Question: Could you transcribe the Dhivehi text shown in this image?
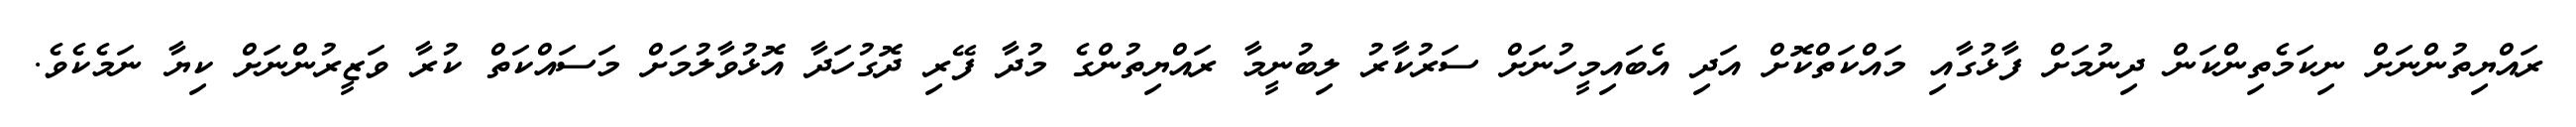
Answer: ރައްޔިތުންނަށް ނިކަމެތިންކަން ދިނުމަށް ފާޅުގާއި މައްކަތްކޮށް އަދި އެބައިމީހުނަށް ސަރުކާރު ލިބުނީމާ ރައްޔިތުންގެ މުދާ ފޭރި ދޮގުހަދާ އޮޅުވާލުމަށް މަސައްކަތް ކުރާ ވަޒީރުންނަށް ކިޔާ ނަމެކެވެ.